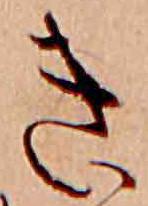
き